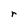
Character: r